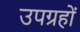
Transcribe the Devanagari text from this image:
उपग्रहोंं